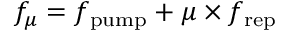
f _ { \mu } = f _ { \mathrm { p u m p } } + \mu \times f _ { \mathrm { r e p } }